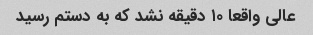
عالی واقعا ۱۰ دقیقه نشد که به دستم رسید